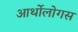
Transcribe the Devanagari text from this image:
आर्थोलोगस